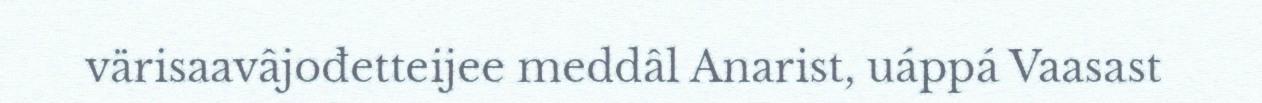
värisaavâjođetteijee meddâl Anarist, uáppá Vaasast